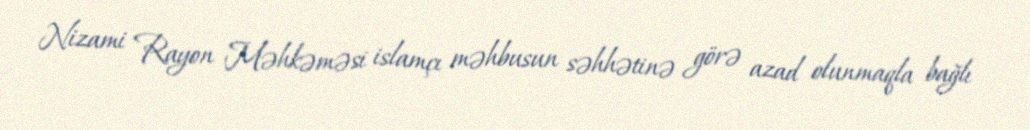
Nizami Rayon Məhkəməsi islamçı məhbusun səhhətinə görə azad olunmaqla bağlı